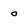
Character: o